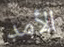
الأمد